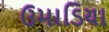
ઉમાડિયા